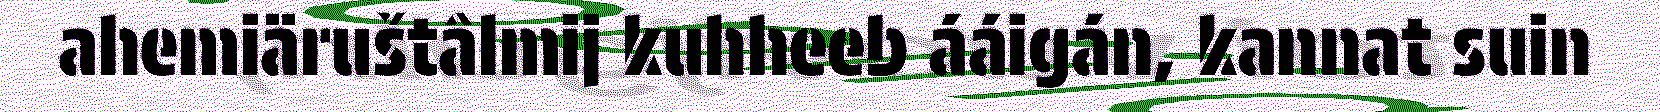
ahemiäruštâlmij kuhheeb ááigán, kannat suin